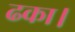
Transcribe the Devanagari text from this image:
ढका।